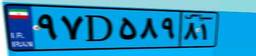
۴۷D۸۴۲۲۶